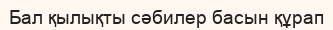
Бал қылықты сәбилер басын құрап